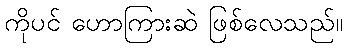
ကိုပင် ဟောကြားဆဲ ဖြစ်လေသည်။